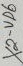
Text: x2-vd6